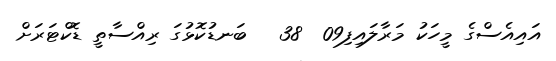
އައިއެސްގެ މީހަކު މަރާލައިފި09  38   ބަނޑުކޮޅުގަ ރިއްސާތީ ޑޮކްޓަރަށް